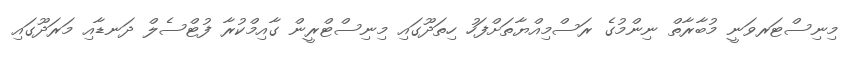
މިނިސްޓަރވަނީ މުބާރާތް ނިންމުގެ ރަސްމިއްޔާތަށްފަހު ހިތަދޫގައި މިނިސްޓްރީން ގާއިމްކުރާ ފުޓްސެލް ދަނޑާއި މަރަދޫގައި